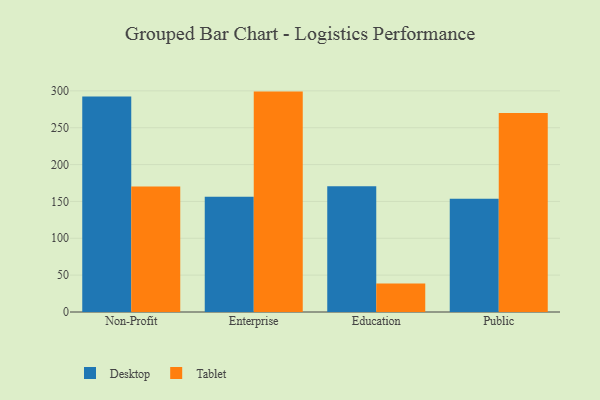
{"axis": {"x": "Segment", "y": "Tickets Resolved"}, "legend": ["Desktop", "Tablet"], "data": [{"x": "Non-Profit", "y": 292.4, "type": "Desktop"}, {"x": "Non-Profit", "y": 170.4, "type": "Tablet"}, {"x": "Enterprise", "y": 156.3, "type": "Desktop"}, {"x": "Enterprise", "y": 299.0, "type": "Tablet"}, {"x": "Education", "y": 170.5, "type": "Desktop"}, {"x": "Education", "y": 38.8, "type": "Tablet"}, {"x": "Public", "y": 153.5, "type": "Desktop"}, {"x": "Public", "y": 269.9, "type": "Tablet"}]}